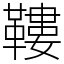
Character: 鞻